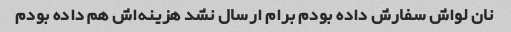
نان لواش سفارش داده بودم برام ارسال نشد هزینه‌اش هم داده بودم